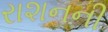
રાશનની